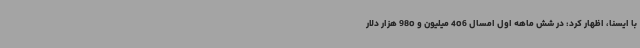
با ایسنا، اظهار کرد: در شش ماهه اول امسال 406 میلیون و 980 هزار دلار